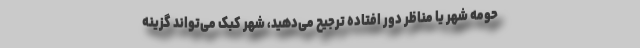
حومه شهر یا مناظر دور افتاده ترجیح می‌دهید، شهر کبک می‌تواند گزینه